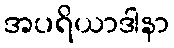
အပရိယာဒါနာ